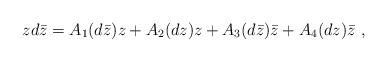
LaTeX: \begin{align*}zd\bar z = A_1(d\bar z) z + A_2(dz)z + A_3(d\bar z)\bar z +A_4(dz)\bar z\ , \end{align*}